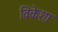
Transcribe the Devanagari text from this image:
विकेशा